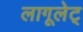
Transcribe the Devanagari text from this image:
लागूलेट्